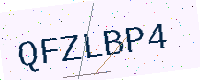
Text: QFZLBP4